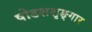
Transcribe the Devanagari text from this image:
षोडशशृङ्गार